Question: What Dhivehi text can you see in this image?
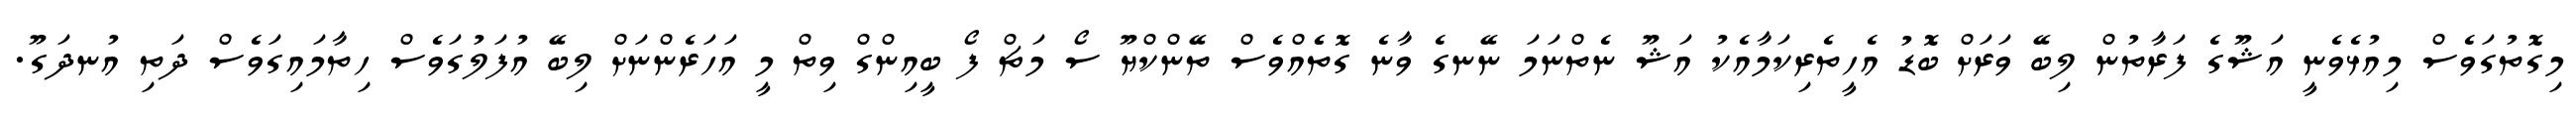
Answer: މިގޮތުގަވެސް މިއުޅެވެނީ އަޝޫގެ ފަރާތުން ލިބޭ ވަރަށް ބޮޑު އެހީތެރިކަމާއެކު އަޝޫ ނެތްނަމަ ނޭނގެ ވާނެ ގޮތެެއްވެސް ތޭންކްޔޫ ސޯ މަޗް ފޯ ބީއިންގް ވިތް މީ އަހަރެންނަށް ލިބޭ އުފަލުގަވެސް ހިތާމައިގަވެސް ދަތި އުނދަގޫ.